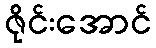
ဇိုင်းအောင်